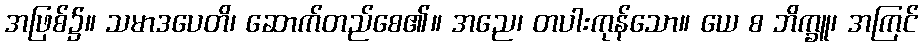
အဖြစ်၌။ သမာဒပေတိ၊ ဆောက်တည်စေ၏။ အညေ၊ တပါးကုန်သော။ ယေ စ ဘိက္ခူ၊ အကြင်